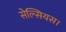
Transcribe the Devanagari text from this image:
सेल्सियस।